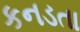
કનડતા